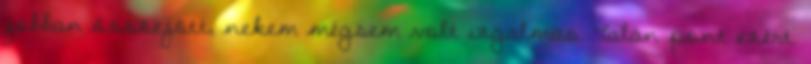
jobban összejött, nekem mégsem volt izgalmas. Talán pont ezért.